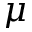
\mu